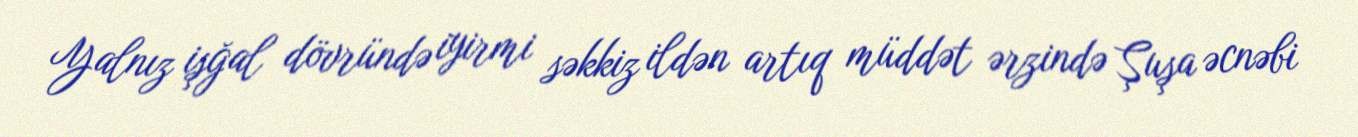
Yalnız işğal dövründə iyirmi səkkiz ildən artıq müddət ərzində Şuşa əcnəbi